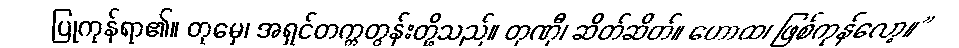
ပြုကုန်ရာ၏။ တုမှေ၊ အရှင်တက္ကတွန်းတို့သည်။ တုဏှီ၊ ဆိတ်ဆိတ်။ ဟောထ၊ ဖြစ်ကုန်လော့။”